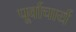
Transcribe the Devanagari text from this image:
पूर्वाचार्य